Proceedings of the meeting of veterinary officers in India
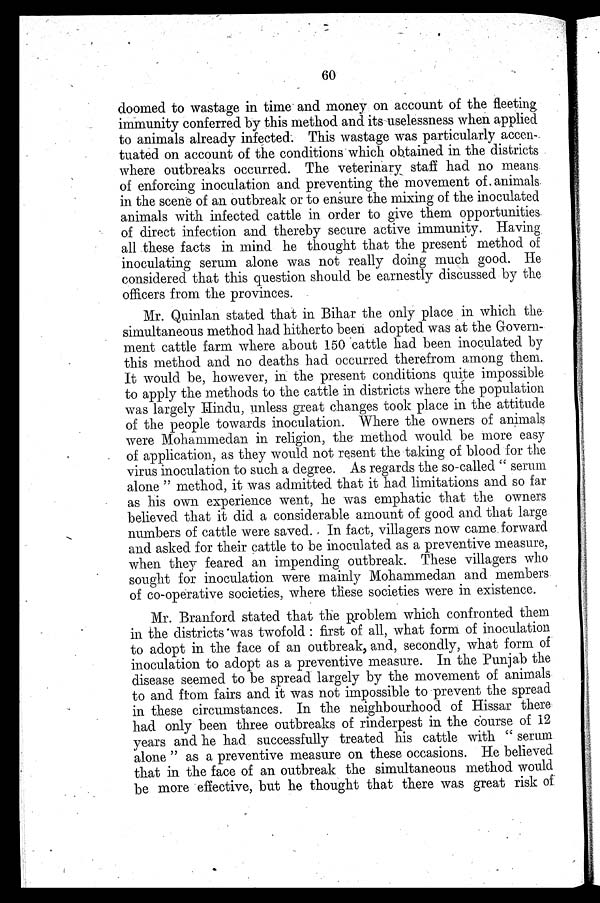
60
doomed to wastage in time and money on account of the fleeting
immunity conferred by this method and its uselessness when applied
to animals already infected. This wastage was particularly accen-
tuated on account of the conditions which obtained in the districts
where outbreaks occurred. The veterinary staff had no means
of enforcing inoculation and preventing the movement of animals
in the scene of an outbreak or to ensure the mixing of the inoculated
animals with infected cattle in order to give them opportunities
of direct infection and thereby secure active immunity. Having
all these facts in mind he thought that the present method of
inoculating serum alone was not really doing much good. He
considered that this question should be earnestly discussed by the
officers from the provinces.
Mr. Quinlan stated that in Bihar the only place in which the
simultaneous method had hitherto been adopted was at the Govern-
ment cattle farm where about 150 cattle had been inoculated by
this method and no deaths had occurred therefrom among them.
It would be, however, in the present conditions quite impossible
to apply the methods to the cattle in districts where the population
was largely Hindu, unless great changes took place in the attitude
of the people towards inoculation. Where the owners of animals
were Mohammedan in religion, the method would be more easy
of application, as they would not resent the taking of blood for the
virus inoculation to such a degree. As regards the so-called "serum
alone" method, it was admitted that it had limitations and so far
as his own experience went, he was emphatic that the owners
believed that it did a considerable amount of good and that large
numbers of cattle were saved. In fact, villagers now came forward
and asked for their cattle to be inoculated as a preventive measure,
when they feared an impending outbreak. These villagers who
sought for inoculation were mainly Mohammedan and members
of co-operative societies, where these societies were in existence.
Mr. Branford stated that the problem which confronted them
in the districts was twofold: first of all, what form of inoculation
to adopt in the face of an outbreak, and, secondly, what form of
inoculation to adopt as a preventive measure. In the Punjab the
disease seemed to be spread largely by the movement of animals
to and from fairs and it was not impossible to prevent the spread
in these circumstances. In the neighbourhood of Hissar there
had only been three outbreaks of rinderpest in the course of 12
years and he had successfully treated his cattle with "serum
alone" as a preventive measure on these occasions. He believed
that in the face of an outbreak the simultaneous method would
be more effective, but he thought that there was great risk of.